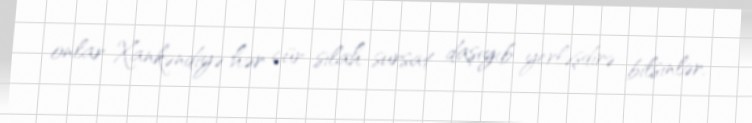
onlar Xankəndiyə hər cür silah-sursat daşıyıb yerləşdirə bilsinlər.